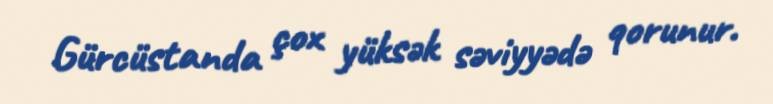
Gürcüstanda çox yüksək səviyyədə qorunur.